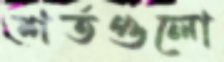
শর্তগুলো